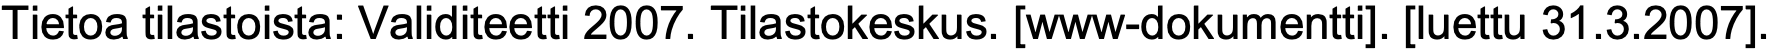
Tietoa tilastoista: Validiteetti 2007. Tilastokeskus. [www-dokumentti]. [luettu 31.3.2007].